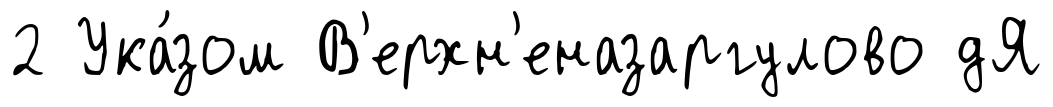
2 Ука́зом В'ерхн'еназаргулово дЯ